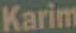
Karim